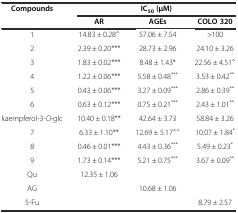
<table><thead><tr><td rowspan="2"><b>Compounds</b></td><td colspan="3"><b>IC<sub>50</sub> (μM)</b></td></tr><tr><td><b>AR</b></td><td><b>AGEs</b></td><td><b>COLO 320</b></td></tr></thead><tbody><tr><td>1</td><td>14.83 ± 0.28<sup>△</sup></td><td>57.06 ± 7.54</td><td>&gt;100</td></tr><tr><td>2</td><td>2.39 ± 0.20***</td><td>28.73 ± 2.96</td><td>24.10 ± 3.26</td></tr><tr><td>3</td><td>1.83 ± 0.02***</td><td>8.48 ± 1.43*</td><td>22.56 ± 4.51<sup>△</sup></td></tr><tr><td>4</td><td>1.22 ± 0.06***</td><td>5.58 ± 0.48<sup>***</sup></td><td>3.53 ± 0.42<sup>**</sup></td></tr><tr><td>5</td><td>0.43 ± 0.06***</td><td>3.27 ± 0.09<sup>***</sup></td><td>2.86 ± 0.39<sup>**</sup></td></tr><tr><td>6</td><td>0.63 ± 0.12***</td><td>0.75 ± 0.21<sup>***</sup></td><td>2.43 ± 1.01<sup>**</sup></td></tr><tr><td>kaempferol-3-<i>O</i>-glc</td><td>10.40 ± 0.18**</td><td>42.64 ± 3.73</td><td>58.84 ± 3.26</td></tr><tr><td>7</td><td>6.33 ± 1.10**</td><td>12.69 ± 5.17<sup>△△</sup></td><td>10.07 ± 1.84<sup>*</sup></td></tr><tr><td>8</td><td>0.46 ± 0.01***</td><td>4.43 ± 0.36<sup>***</sup></td><td>5.49 ± 0.23<sup>*</sup></td></tr><tr><td>9</td><td>1.73 ± 0.14***</td><td>5.21 ± 0.75<sup>***</sup></td><td>3.67 ± 0.09<sup>**</sup></td></tr><tr><td>Qu</td><td>12.35 ± 1.06</td><td></td><td></td></tr><tr><td>AG</td><td></td><td>10.68 ± 1.06</td><td></td></tr><tr><td>5-Fu</td><td></td><td></td><td>8.79 ± 2.57</td></tr></tbody></table>